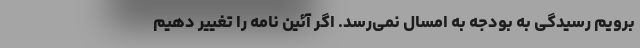
برویم رسیدگی به بودجه به امسال نمی‌رسد. اگر آئین نامه را تغییر دهیم